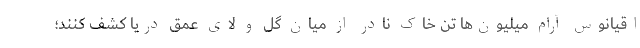
اقیانوس آرام میلیون‌ها تن خاک نادر از میان گل و لای عمق دریا کشف کنند؛